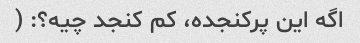
اگه این پرکنجده، کم کنجد چیه؟: (